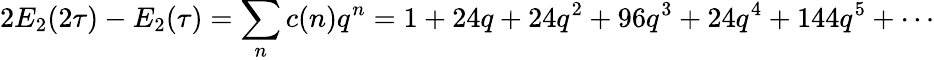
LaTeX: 2E_{2}(2\tau)-E_{2}(\tau)=\sum_{n}c(n)q^{n}=1+24q+24q^{2}+96q^{3}+24q^{4}+144q^{5}+\cdots